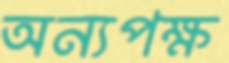
অন্যপক্ষ